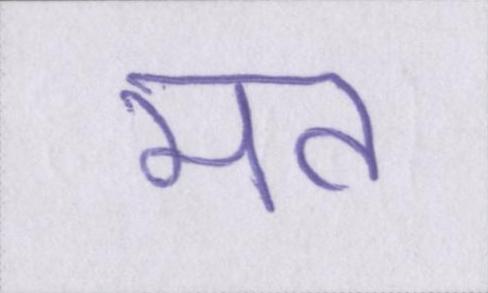
मत